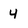
Character: 4